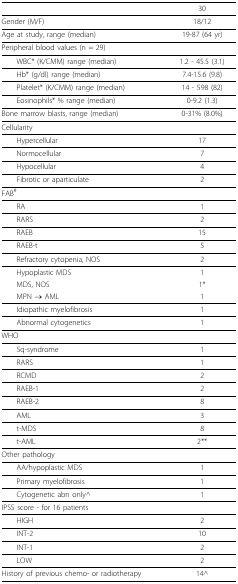
<table><thead><tr><td>[EMPTY_CELL]</td><td><b>30</b></td></tr></thead><tbody><tr><td>Gender (M/F)</td><td>18/12</td></tr><tr><td>Age at study, range (median)</td><td>19-87 (64 yr)</td></tr><tr><td>Peripheral blood values (n = 29)</td><td>[EMPTY_CELL]</td></tr><tr><td> WBC* (K/CMM) range (median)</td><td>1.2 - 45.5 (3.1)</td></tr><tr><td> Hb* (g/dl) range (median)</td><td>7.4-15.6 (9.8)</td></tr><tr><td> Platelet* (K/CMM) range (median)</td><td>14 - 598 (82)</td></tr><tr><td> Eosinophils* % range (median)</td><td>0-9.2 (1.3)</td></tr><tr><td>Bone marrow blasts, range (median)</td><td>0-31% (8.0%)</td></tr><tr><td>Cellularity</td><td>[EMPTY_CELL]</td></tr><tr><td> Hypercellular</td><td>17</td></tr><tr><td> Normocellular</td><td>7</td></tr><tr><td> Hypocellular</td><td>4</td></tr><tr><td> Fibrotic or aparticulate</td><td>2</td></tr><tr><td>FAB<sup># </sup></td><td>[EMPTY_CELL]</td></tr><tr><td> RA</td><td>1</td></tr><tr><td> RARS</td><td>2</td></tr><tr><td> RAEB</td><td>15</td></tr><tr><td> RAEB-t</td><td>5</td></tr><tr><td> Refractory cytopenia, NOS</td><td>2</td></tr><tr><td> Hypoplastic MDS</td><td>1</td></tr><tr><td> MDS, NOS</td><td>1*</td></tr><tr><td> MPN → AML</td><td>1</td></tr><tr><td> Idiopathic myelofibrosis</td><td>1</td></tr><tr><td> Abnormal cytogenetics</td><td>1</td></tr><tr><td>WHO</td><td>[EMPTY_CELL]</td></tr><tr><td> 5q-syndrome</td><td>1</td></tr><tr><td> RARS</td><td>1</td></tr><tr><td> RCMD</td><td>2</td></tr><tr><td> RAEB-1</td><td>2</td></tr><tr><td> RAEB-2</td><td>8</td></tr><tr><td> AML</td><td>3</td></tr><tr><td> t-MDS</td><td>8</td></tr><tr><td> t-AML</td><td>2**</td></tr><tr><td>Other pathology</td><td>[EMPTY_CELL]</td></tr><tr><td> AA/hypoplastic MDS</td><td>1</td></tr><tr><td> Primary myelofibrosis</td><td>1</td></tr><tr><td> Cytogenetic abn only^</td><td>1</td></tr><tr><td>IPSS score - for 16 patients</td><td>[EMPTY_CELL]</td></tr><tr><td> HIGH</td><td>2</td></tr><tr><td> INT-2</td><td>10</td></tr><tr><td> INT-1</td><td>2</td></tr><tr><td> LOW</td><td>2</td></tr><tr><td>History of previous chemo- or radiotherapy</td><td>14^</td></tr></tbody></table>